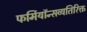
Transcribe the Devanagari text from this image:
फर्मियॉन्सव्यतिरिक्त